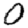
Digit: 0